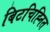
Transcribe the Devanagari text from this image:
बिटचिह्नित